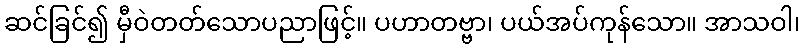
ဆင်ခြင်၍ မှီဝဲတတ်သောပညာဖြင့်။ ပဟာတဗ္ဗာ၊ ပယ်အပ်ကုန်သော။ အာသဝါ၊